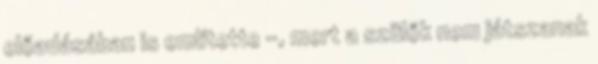
előadásában is említette -, mert a szülők nem játszanak